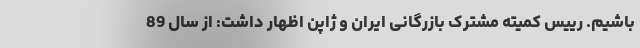
باشیم. رییس کمیته مشترک بازرگانی ایران و ژاپن اظهار داشت: از سال 89